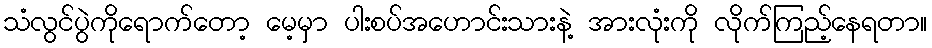
သံလွင်ပွဲကိုရောက်တော့ မေ့မှာ ပါးစပ်အဟောင်းသားနဲ့ အားလုံးကို လိုက်ကြည့်နေရတာ။